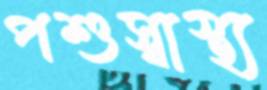
পশুস্বাস্থ্য